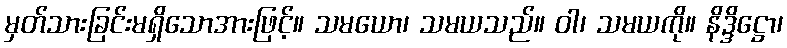
မှတ်သားခြင်းမရှိသောအားဖြင့်။ သမယော၊ သမယသည်။ ဝါ၊ သမယကို။ နိဒ္ဒိဋ္ဌော၊